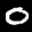
Label: 0